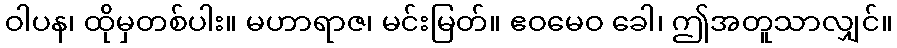
ဝါပန၊ ထိုမှတစ်ပါး။ မဟာရာဇ၊ မင်းမြတ်။ ဧဝမေဝ ခေါ၊ ဤအတူသာလျှင်။